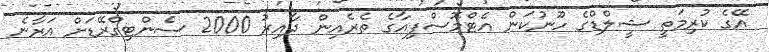
އޭގެ ކުރިމަތީ ޝީލްޑްގެ ހޫނުކަން އެޓްމޮސްފިއާގެ ތެރެއިން ދާއިރު 2000 ސެންޓިގްރޭޑަށް އަރާނެ